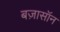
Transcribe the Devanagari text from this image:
बज़ासॉन